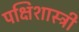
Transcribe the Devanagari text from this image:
पक्षिशास्त्री